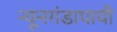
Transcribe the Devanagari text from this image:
न्यूनगंडापायी